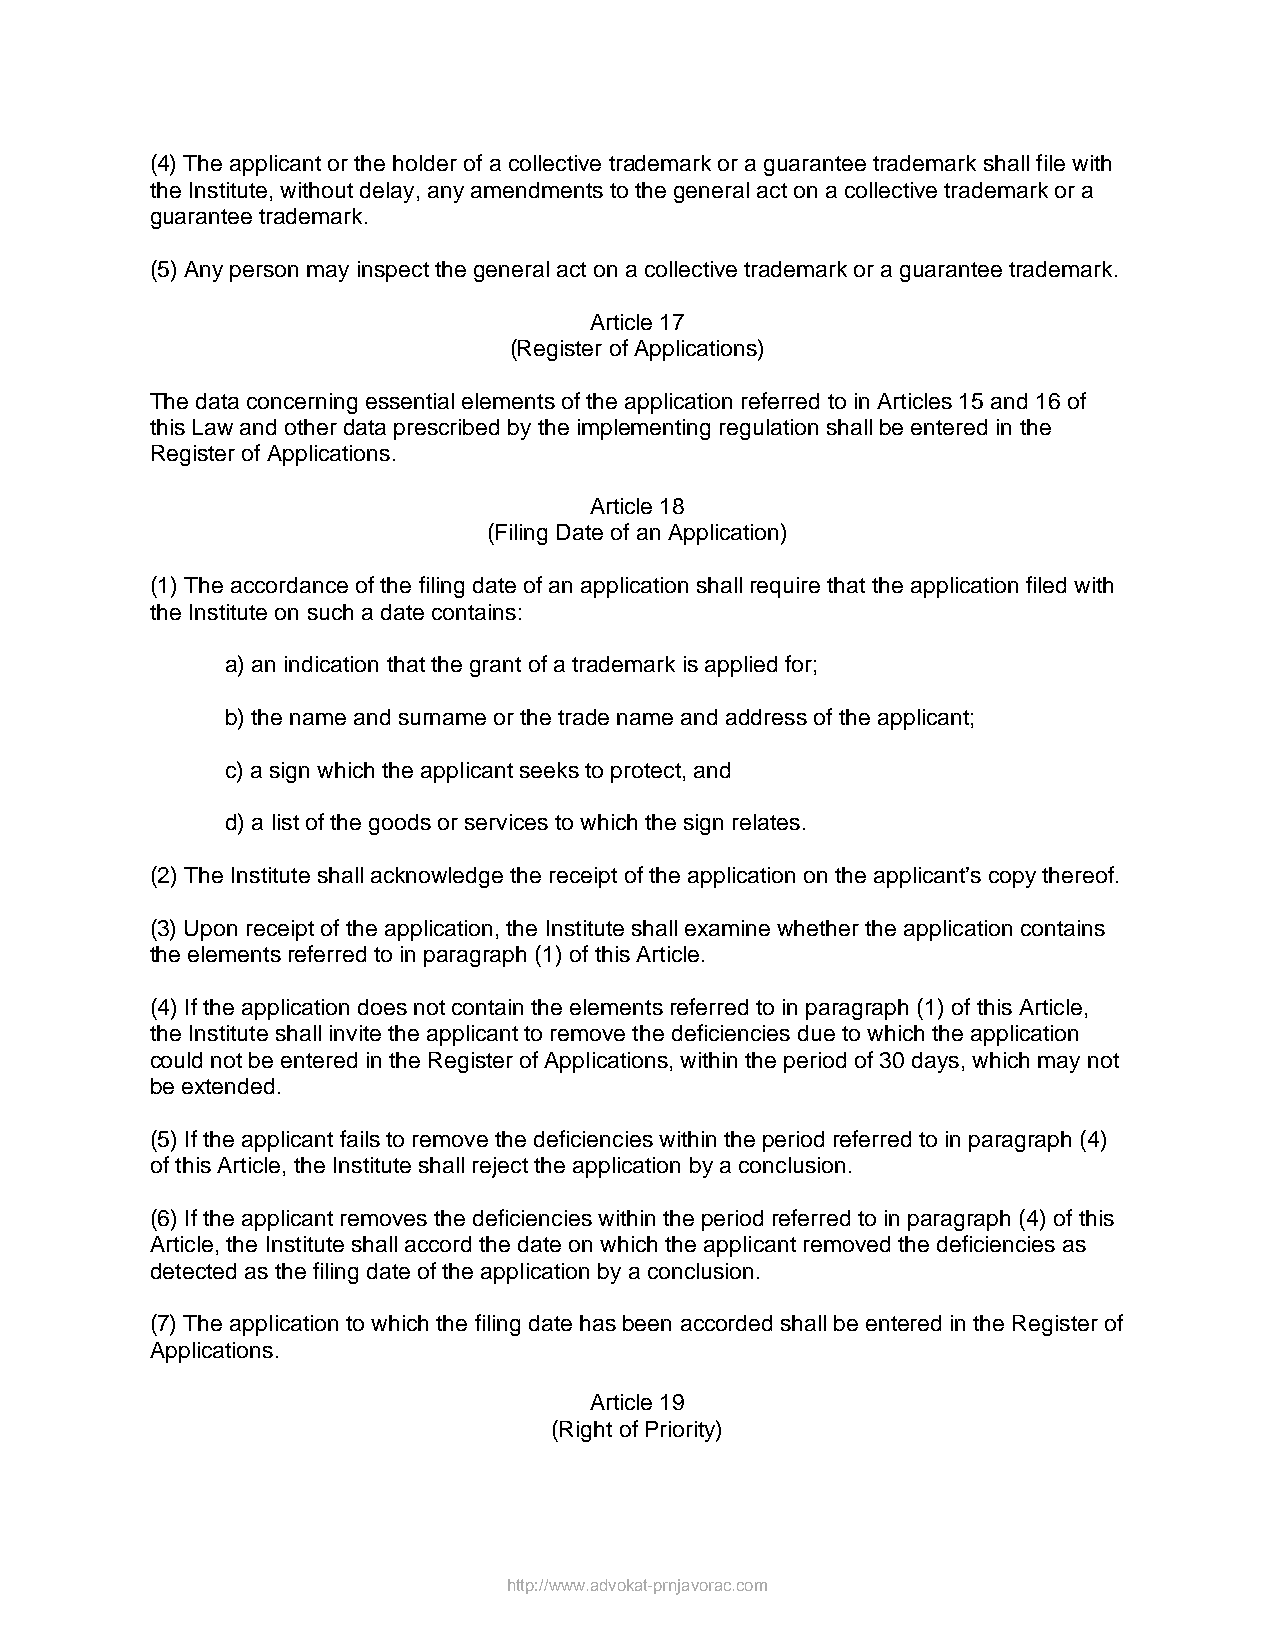
(4) The applicant or the holder of a collective trademark or a guarantee trademark shall file with
 the Institute, without delay, any amendments to the general act on a collective trademark or a
 guarantee trademark.
 (5) Any person may inspect the general act on a collective trademark or a guarantee trademark.
 Article 17
 (Register of Applications)
 The data concerning essential elements of the application referred to in Articles 15 and 16 of
 this Law and other data prescribed by the implementing regulation shall be entered in the
 Register of Applications.
 Article 18
 (Filing Date of an Application)
 (1) The accordance of the filing date of an application shall require that the application filed with
 the Institute on such a date contains:
 a) an indication that the grant of a trademark is applied for;
 b) the name and surname or the trade name and address of the applicant;
 c) a sign which the applicant seeks to protect, and
 d) a list of the goods or services to which the sign relates.
 (2) The Institute shall acknowledge the receipt of the application on the applicant’s copy thereof.
 (3) Upon receipt of the application, the Institute shall examine whether the application contains
 the elements referred to in paragraph (1) of this Article.
 (4) If the application does not contain the elements referred to in paragraph (1) of this Article,
 the Institute shall invite the applicant to remove the deficiencies due to which the application
 could not be entered in the Register of Applications, within the period of 30 days, which may not
 be extended.
 (5) If the applicant fails to remove the deficiencies within the period referred to in paragraph (4)
 of this Article, the Institute shall reject the application by a conclusion.
 (6) If the applicant removes the deficiencies within the period referred to in paragraph (4) of this
 Article, the Institute shall accord the date on which the applicant removed the deficiencies as
 detected as the filing date of the application by a conclusion.
 (7) The application to which the filing date has been accorded shall be entered in the Register of
 Applications.
 Article 19
 (Right of Priority)
 http://www.advokat-prnjavorac.com